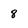
Character: 8